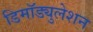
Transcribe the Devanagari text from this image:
डिमॉड्युलेशन